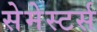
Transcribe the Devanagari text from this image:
सेमेस्टर्स